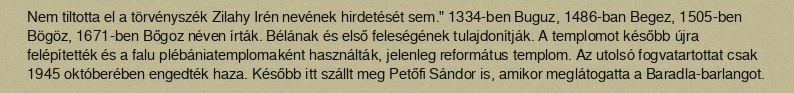
Nem tiltotta el a törvényszék Zilahy Irén nevének hirdetését sem." 1334-ben Buguz, 1486-ban Begez, 1505-ben Bögöz, 1671-ben Bőgoz néven írták. Bélának és első feleségének tulajdonítják. A templomot később újra felépítették és a falu plébániatemplomaként használták, jelenleg református templom. Az utolsó fogvatartottat csak 1945 októberében engedték haza. Később itt szállt meg Petőfi Sándor is, amikor meglátogatta a Baradla-barlangot.